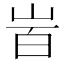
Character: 𡶾